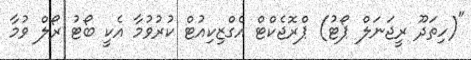
"(ހިތަދޫ ރީޖަނަލް ޕޯޓު) ޕްރޮޖެކްޓް އެގްޒިކިއުޓް ކުރުވުމާ އެކީ ބޯޓު ރޯލް ވުމާ